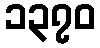
၁၃၇၀